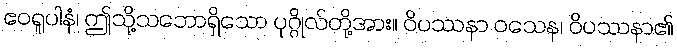
ဧဝရူပါနံ၊ ဤသို့သဘောရှိသော ပုဂ္ဂိုလ်တို့အား။ ဝိပဿနာ ဝသေန၊ ဝိပဿနာ၏